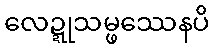
လေဍ္ဍုသမ္ဖဿေနပိ